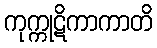
ကုက္ကုဋိကာကာတိ